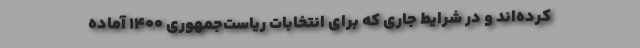
کرده‌اند و در شرایط جاری که برای انتخابات ریاست‌جمهوری ۱۴۰۰ آماده